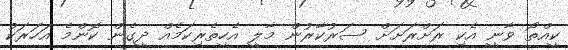
ކީއްތޯ ވާނީ އެކި ރަށްރަށަށް ސަރުކާރުން މާލީ އެހީތެރިކަމެއް ދީގެން ކޮންމެ އަހަރަކު